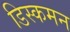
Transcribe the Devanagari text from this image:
डिस्कमन